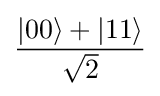
{\frac {|00\rangle +|11\rangle }{\sqrt {2}}}